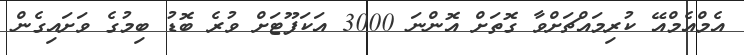
އެމްއެމްއޭ ކުރިމައްޗަށްވާ ގޮތަށް އޮންނަ 3000 އަކަފޫޓަށް ވުރެ ބޮޑު ބިމުގެ ވަށައިގެން